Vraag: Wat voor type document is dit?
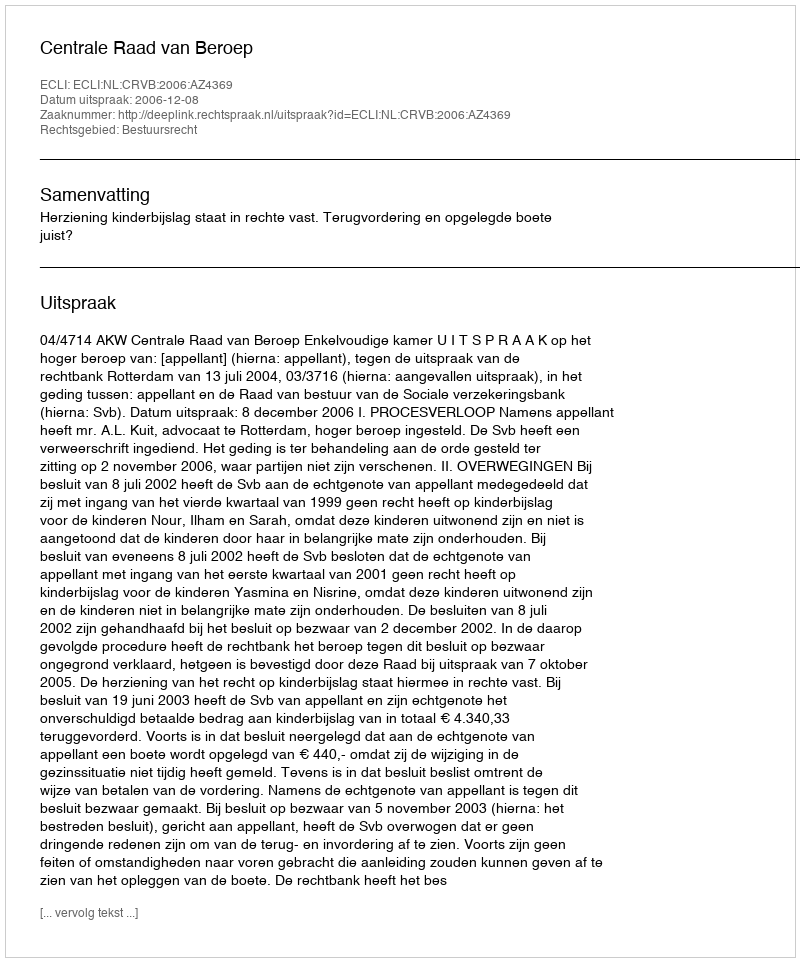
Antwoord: Uitspraak